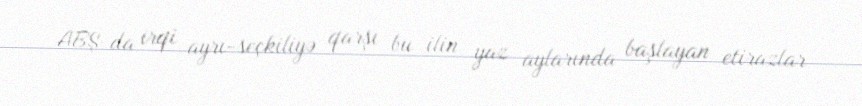
ABŞ-da irqi ayrı-seçkiliyə qarşı bu ilin yaz aylarında başlayan etirazlar